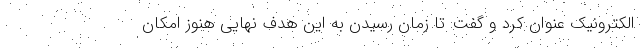
الکترونیک عنوان کرد و گفت: تا زمان رسیدن به این هدف نهایی هنوز امکان